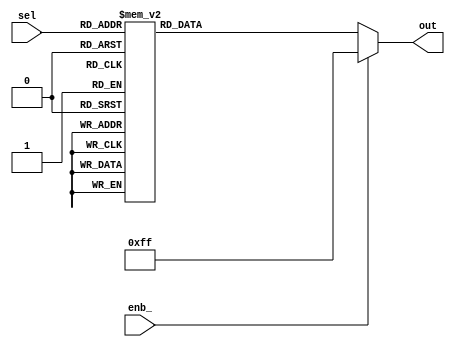
module dec3to8 
     (
    output [7:0] out,
    input enb_,
    input [2:0] sel
);
    reg [7:0] out;
    always @ (enb_ or sel)
        if (enb_)
            out = 8'b11111111;
        else
            case (sel)
                3'b000: out = 8'b11111110;
                3'b001: out = 8'b11111101;
                3'b010: out = 8'b11111011;
                3'b011: out = 8'b11110111;
                3'b100: out = 8'b11101111;
                3'b101: out = 8'b11011111;
                3'b110: out = 8'b10111111;
                3'b111: out = 8'b01111111;
                default: out = 8'bx;
            endcase
endmodule